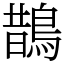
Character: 鵲